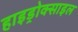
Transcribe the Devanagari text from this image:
हाइड्रोक्साइल